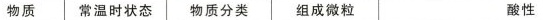
物质常温时状态物质分类组成微粒酸性